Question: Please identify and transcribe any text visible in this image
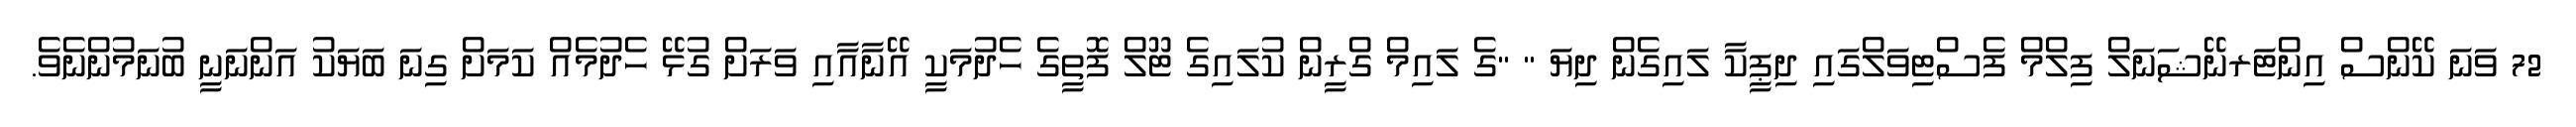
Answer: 72 ވަނަ ކޭންސް އިންޓަރނޭޝަނަލް ފިލްމް ފެސްޓިވަލްގައި ދިޕީކާ ލައިގެން ދިޔަ " "ގެ ލައިމް ގްރީން ކުލައިގެ ޓޫލް ފޮތީގެ ހެދުމަކީ އޭނާއާއި ވަރަށް ގުޅޭ ހެދުމެއް ކަމަށް ގިނަ ބަޔަކު އަންނަނީ ބުނަމުންނެވެ.